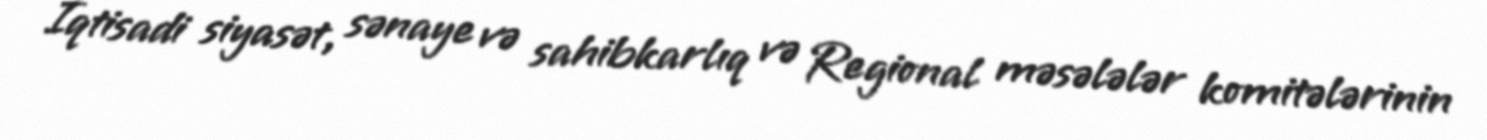
İqtisadi siyasət, sənaye və sahibkarlıq və Regional məsələlər komitələrinin